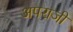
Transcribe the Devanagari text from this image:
अपराजी